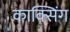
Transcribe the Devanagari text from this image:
काक्सिंग